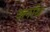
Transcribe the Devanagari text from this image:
क्‍लॉथ